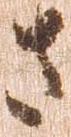
さ